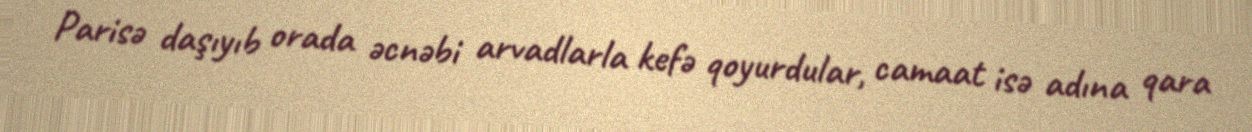
Parisə daşıyıb orada əcnəbi arvadlarla kefə qoyurdular, camaat isə adına qara